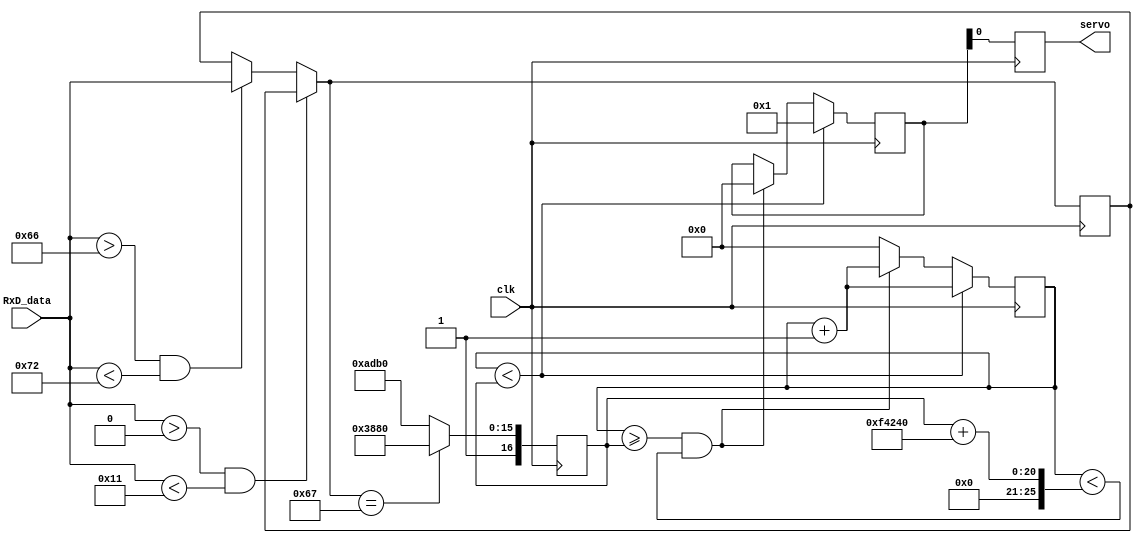
module servo(input clk,input wire[7:0] RxD_data,output reg servo);
//Deklaracija varijabli
reg[25:0] brojac; //Broja
reg[25:0] impuls; //Vrijednost gornje granice u zavisnosti od
//pritiska na taster
reg[25:0] izlaz; //Pomoni registar za izlaz na servo motor

reg [7:0] storage=0;
reg [7:0] position=0;
//Provjera stanja odgovarajuih tastera, te generisanje signala servo motora
//PWM SERVO
initial impuls=25'd50000;
always @(posedge clk)
begin
if( brojac<impuls) //Generisanje impulsa
begin
izlaz<=25'b1;
brojac<=brojac+25'd1;
end
else if( brojac >= impuls && brojac < impuls+25'd1000000) //Pauza 20ms
begin
brojac<=brojac+25'd1;
izlaz<=25'b0;
end
else //Resetovanje brojaa
begin
brojac<=25'd0;
end
end


always@( posedge clk )
begin
if(RxD_data>0 &&RxD_data<17)
begin 
position=RxD_data;
/*position[0]=RxD_data[0];
position[1]=RxD_data[1];
position[2]=RxD_data[2];
position[3]=RxD_data[3];
position[4]=RxD_data[4];
position[5]=RxD_data[5];
position[6]=RxD_data[6];
position[7]=RxD_data[7];*/

end
else if (RxD_data>102 && RxD_data<114)
begin 
storage=RxD_data;
/*storage[0]=RxD_data[0];
storage[1]=RxD_data[1];
storage[2]=RxD_data[2];
storage[3]=RxD_data[3];
storage[4]=RxD_data[4];
storage[5]=RxD_data[5];
storage[6]=RxD_data[6];
storage[7]=RxD_data[7];*/

end
if(/*(storage==103 && position==3)||(storage==104 && position==4)||(storage==105 && position==5)||
  (storage==107 && position==7)||(storage==108 && position==8)||(storage==109 && position==9) ||
  (storage==111 && position==11)||(storage==112 && position==12)||(storage==113 && position==13)*/
  storage==103
  )
begin
impuls<=25'd80000;
//impuls<=25'd35000;//0.7ms
servo<=izlaz; //Impuls sirine 1.3ms
end
else 
//impuls<=25'd75000;
impuls<=25'd110000;//Impuls sirine 2.2mm
servo<=izlaz;
begin

end
end




endmodule